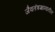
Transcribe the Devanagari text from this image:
जैवतंत्रज्ञानातील